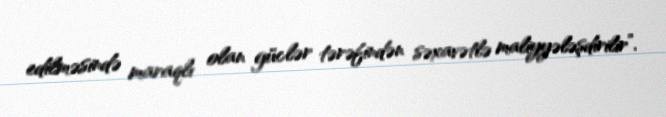
edilməsində maraqlı olan güclər tərəfindən səxavətlə maliyyələşdirilir”.